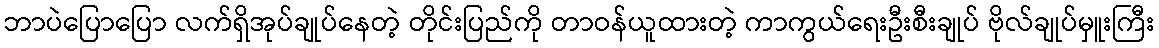
ဘာပဲပြောပြော လက်ရှိအုပ်ချုပ်နေတဲ့ တိုင်းပြည်ကို တာဝန်ယူထားတဲ့ ကာကွယ်ရေးဦးစီးချုပ် ဗိုလ်ချုပ်မှူးကြီး